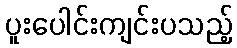
ပူးပေါင်းကျင်းပသည့်